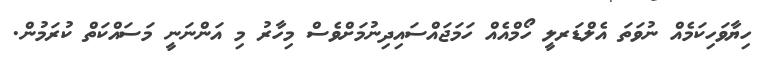
ހިޔާވަހިކަމެއް ނުވަތަ އެލްޑަރލީ ހޯމްއެއް ހަމަޖައްސައިދިނުމަށްވެސް މިހާރު މި އަންނަނީ މަސައްކަތް ކުރަމުން.